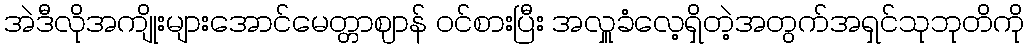
အဲဒီလိုအကျိုးများအောင်မေတ္တာဈာန် ဝင်စားပြီး အလှူခံလေ့ရှိတဲ့အတွက်အရှင်သုဘုတိကို